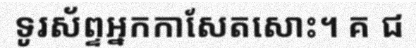
ទូរស័ព្ទអ្នកកាសែតសោះ។ គ ជ